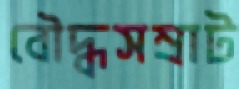
বৌদ্ধসম্রাট